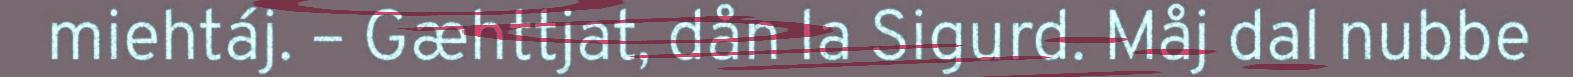
miehtáj. – Gæhttjat, dån la Sigurd. Måj dal nubbe